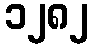
၁၂၈၂